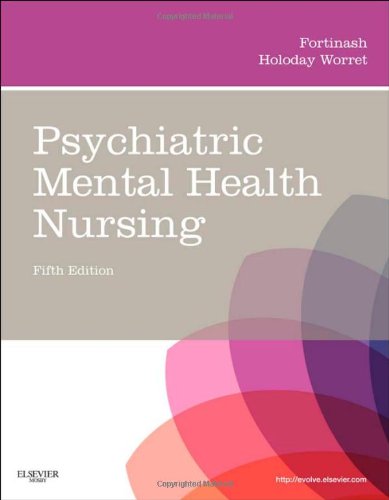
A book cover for Psychiatric Mental Health Nursing, 5e (Psychiatric Mental Health Nursing (Fortinash)); Katherine M. Fortinash MSN  APRN  BC  PMHCNS; Medical Books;